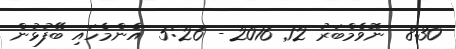
8:30  ނޮވެމްބަރު 12